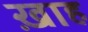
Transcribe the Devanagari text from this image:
ख़ाह